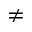
\neq